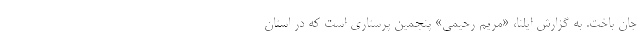
جان باخت. به گزارش ایلنا، «مریم رحیمی» پنجمین پرستاری است که در استان